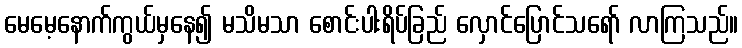
မေမေ့နောက်ကွယ်မှနေ၍ မသိမသာ စောင်းပါးရိပ်ခြည် လှောင်ပြောင်သရော် လာကြသည်။